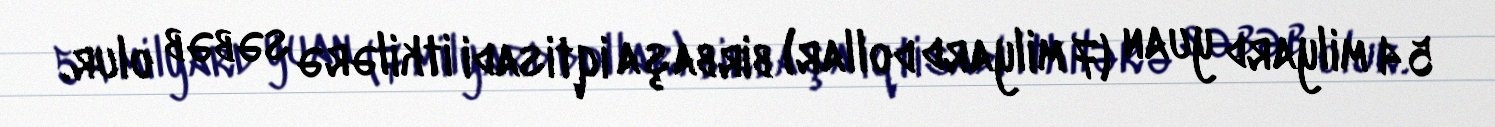
54 milyard yuan (7 milyard dollar) birbaşa iqtisadi itkilərə səbəb olur.